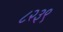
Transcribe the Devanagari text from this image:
८२३९